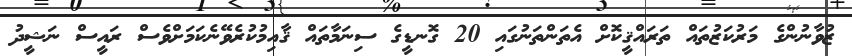
ޒުވާނުންގެ މަރުކަޒުތައް ތަރައްޤީކޮށް އެތަންތަނުގައި 20 ގޮނޑީގެ ސިނަމާތައް ޤާއިމުކުރެވޭނެކަމަށްވެސް ރައީސް ނަޝީދު